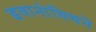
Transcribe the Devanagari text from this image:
इवानोविचने